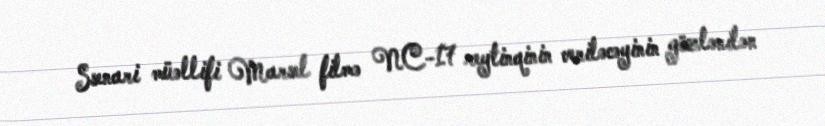
Ssenari müəllifi Marsel filmə NC-17 reytinqinin veriləcəyinin gözlənilən